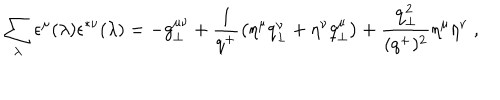
\sum _ { \lambda } \epsilon ^ { \mu } ( \lambda ) \epsilon ^ { * \nu } ( \lambda ) = - g _ { \perp } ^ { \mu \nu } + { \frac { 1 } { q ^ { + } } } \bigl ( \eta ^ { \mu } q _ { \perp } ^ { \nu } + \eta ^ { \nu } q _ { \perp } ^ { \mu } \bigr ) + { \frac { { \bf q } _ { \perp } ^ { 2 } } { ( q ^ { + } ) ^ { 2 } } } \eta ^ { \mu } \eta ^ { \nu } \; ,